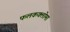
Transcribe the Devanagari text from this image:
फलकक्लोमा